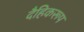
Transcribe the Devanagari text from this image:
दैहिकरूप